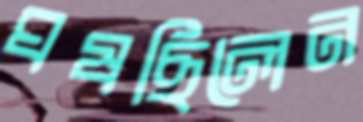
ঘষছিলেন